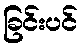
ခြင်းပင်